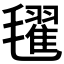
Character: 𣰞